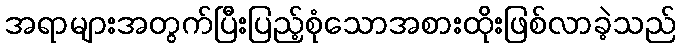
အရာများအတွက်ပြီးပြည့်စုံသောအစားထိုးဖြစ်လာခဲ့သည်